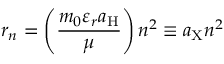
r _ { n } = \left( { \frac { m _ { 0 } \varepsilon _ { r } a _ { \mathrm { H } } } { \mu } } \right) n ^ { 2 } \equiv a _ { \mathrm { X } } n ^ { 2 }